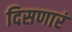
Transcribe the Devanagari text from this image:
दिसणारं